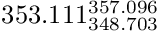
3 5 3 . 1 1 1 _ { 3 4 8 . 7 0 3 } ^ { 3 5 7 . 0 9 6 }